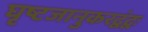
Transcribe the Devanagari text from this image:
घृष्टजानुकरद्वंद्वः